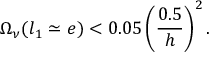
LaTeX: \Omega _ { \nu } ( l _ { 1 } \simeq e ) < 0 . 0 5 \left( { \frac { 0 . 5 } { h } } \right) ^ { 2 } .